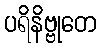
ပရိနိဗ္ဗုတေ